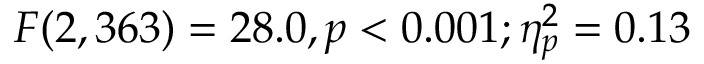
F ( 2 , 3 6 3 ) = 2 8 . 0 , p < 0 . 0 0 1 ; \eta _ { p } ^ { 2 } = 0 . 1 3